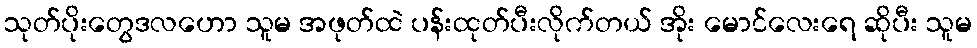
သုတ်ပိုးတွေဒလဟော သူမ အဖုတ်ထဲ ပန်းထုတ်ပီးလိုက်တယ် အိုး မောင်လေးရေ ဆိုပီး သူမ